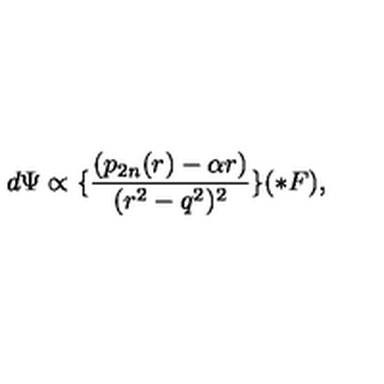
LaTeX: d \Psi \propto \lbrace \frac { ( p _ { 2 n } ( r ) - \alpha r ) } { ( r ^ { 2 } - q ^ { 2 } ) ^ { 2 } } \rbrace ( \ast F ) ,